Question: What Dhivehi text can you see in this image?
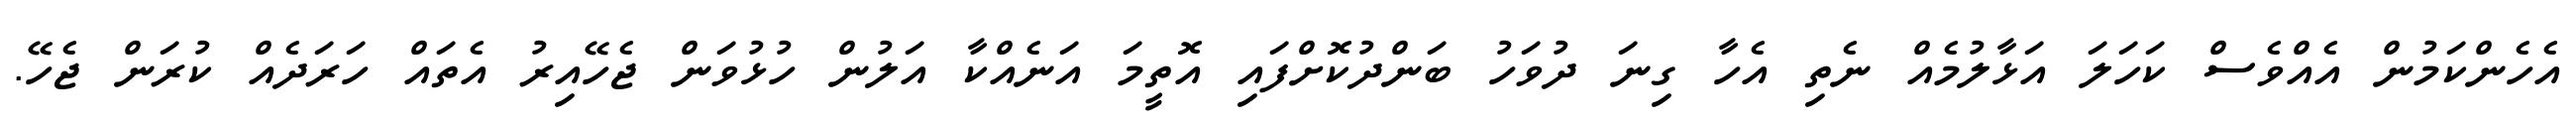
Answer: އެހެންކަމުން އެއްވެސް ކަހަލަ އަޅާލުމެއް ނެތި އެހާ ގިނަ ދުވަހު ބަންދުކޮށްފައި އޮތީމަ އަނެއްކާ އަލުން ހުޅުވަން ޖެހޭއިރު އެތައް ހަރަދެއް ކުރަން ޖެހޭ.